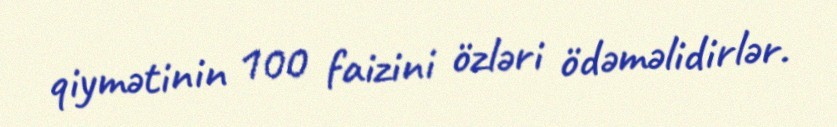
qiymətinin 100 faizini özləri ödəməlidirlər.